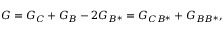
G = G _ { C } + G _ { B } - 2 G _ { B ^ { \ast } } = G _ { C B ^ { \ast } } + G _ { B B ^ { \ast } } ,